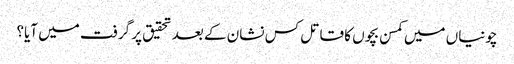
چونیاں میں کمسن بچوں کا قاتل کس نشان کے بعد تحقیق پر گرفت میں آیا؟